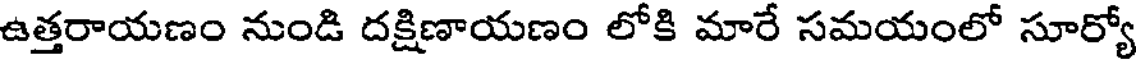
ఉత్తరాయణం నుండి దక్షిణాయణం లోకి మారే సమయంలో సూర్యో